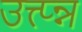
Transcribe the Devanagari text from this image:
उत्त्प्न्न